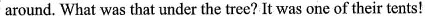
around. What was that under the tree? It was one of their tents!